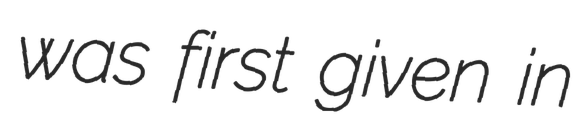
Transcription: was first given in